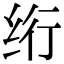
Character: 绗